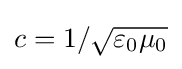
c=1/{\sqrt {\varepsilon _{0}\mu _{0}}}